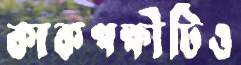
কাকপক্ষীটিও